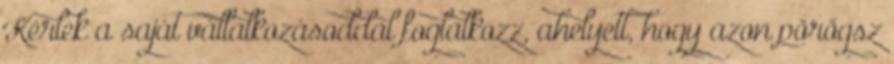
Kérlek a saját vállalkozásoddal foglalkozz, ahelyett, hogy azon pörögsz